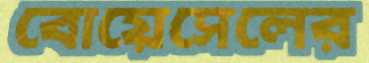
বোয়েসেলের